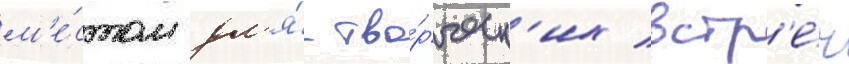
м'е́стом дл'я́ тво́рческ'их встр'е́ч